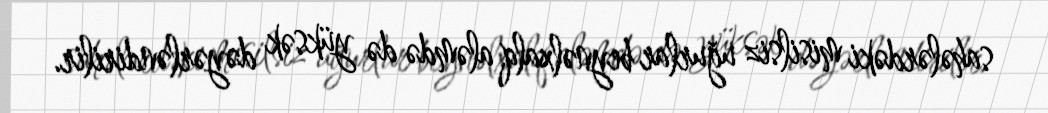
sahələrdəki misilsiz uğurlar beynəlxalq aləmdə də yüksək dəyərləndirilir.